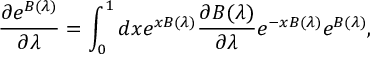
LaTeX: \frac { \partial e ^ { B ( \lambda ) } } { \partial \lambda } = \int _ { 0 } ^ { 1 } d x e ^ { x B ( \lambda ) } \frac { \partial B ( \lambda ) } { \partial \lambda } e ^ { - x B ( \lambda ) } e ^ { B ( \lambda ) } ,